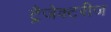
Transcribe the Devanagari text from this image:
ट्रैजेक्टरीज